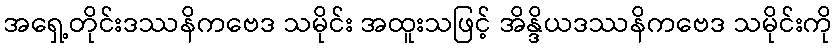
အရှေ့တိုင်းဒဿနိကဗေဒ သမိုင်း အထူးသဖြင့် အိန္ဒိယဒဿနိကဗေဒ သမိုင်းကို